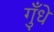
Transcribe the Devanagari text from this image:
गुँधे